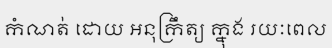
កំណត់ ដោយ អនុក្រឹត្យ ក្នុង រយៈពេល